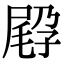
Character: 𡲪